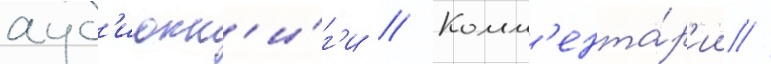
ауд'иокн'и́г'и // Комм'ента́р'ии //